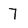
Character: 7